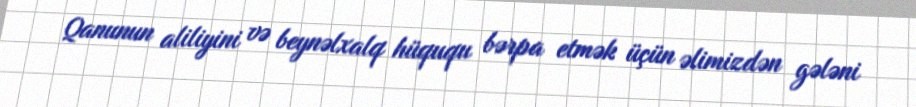
Qanunun aliliyini və beynəlxalq hüququ bərpa etmək üçün əlimizdən gələni